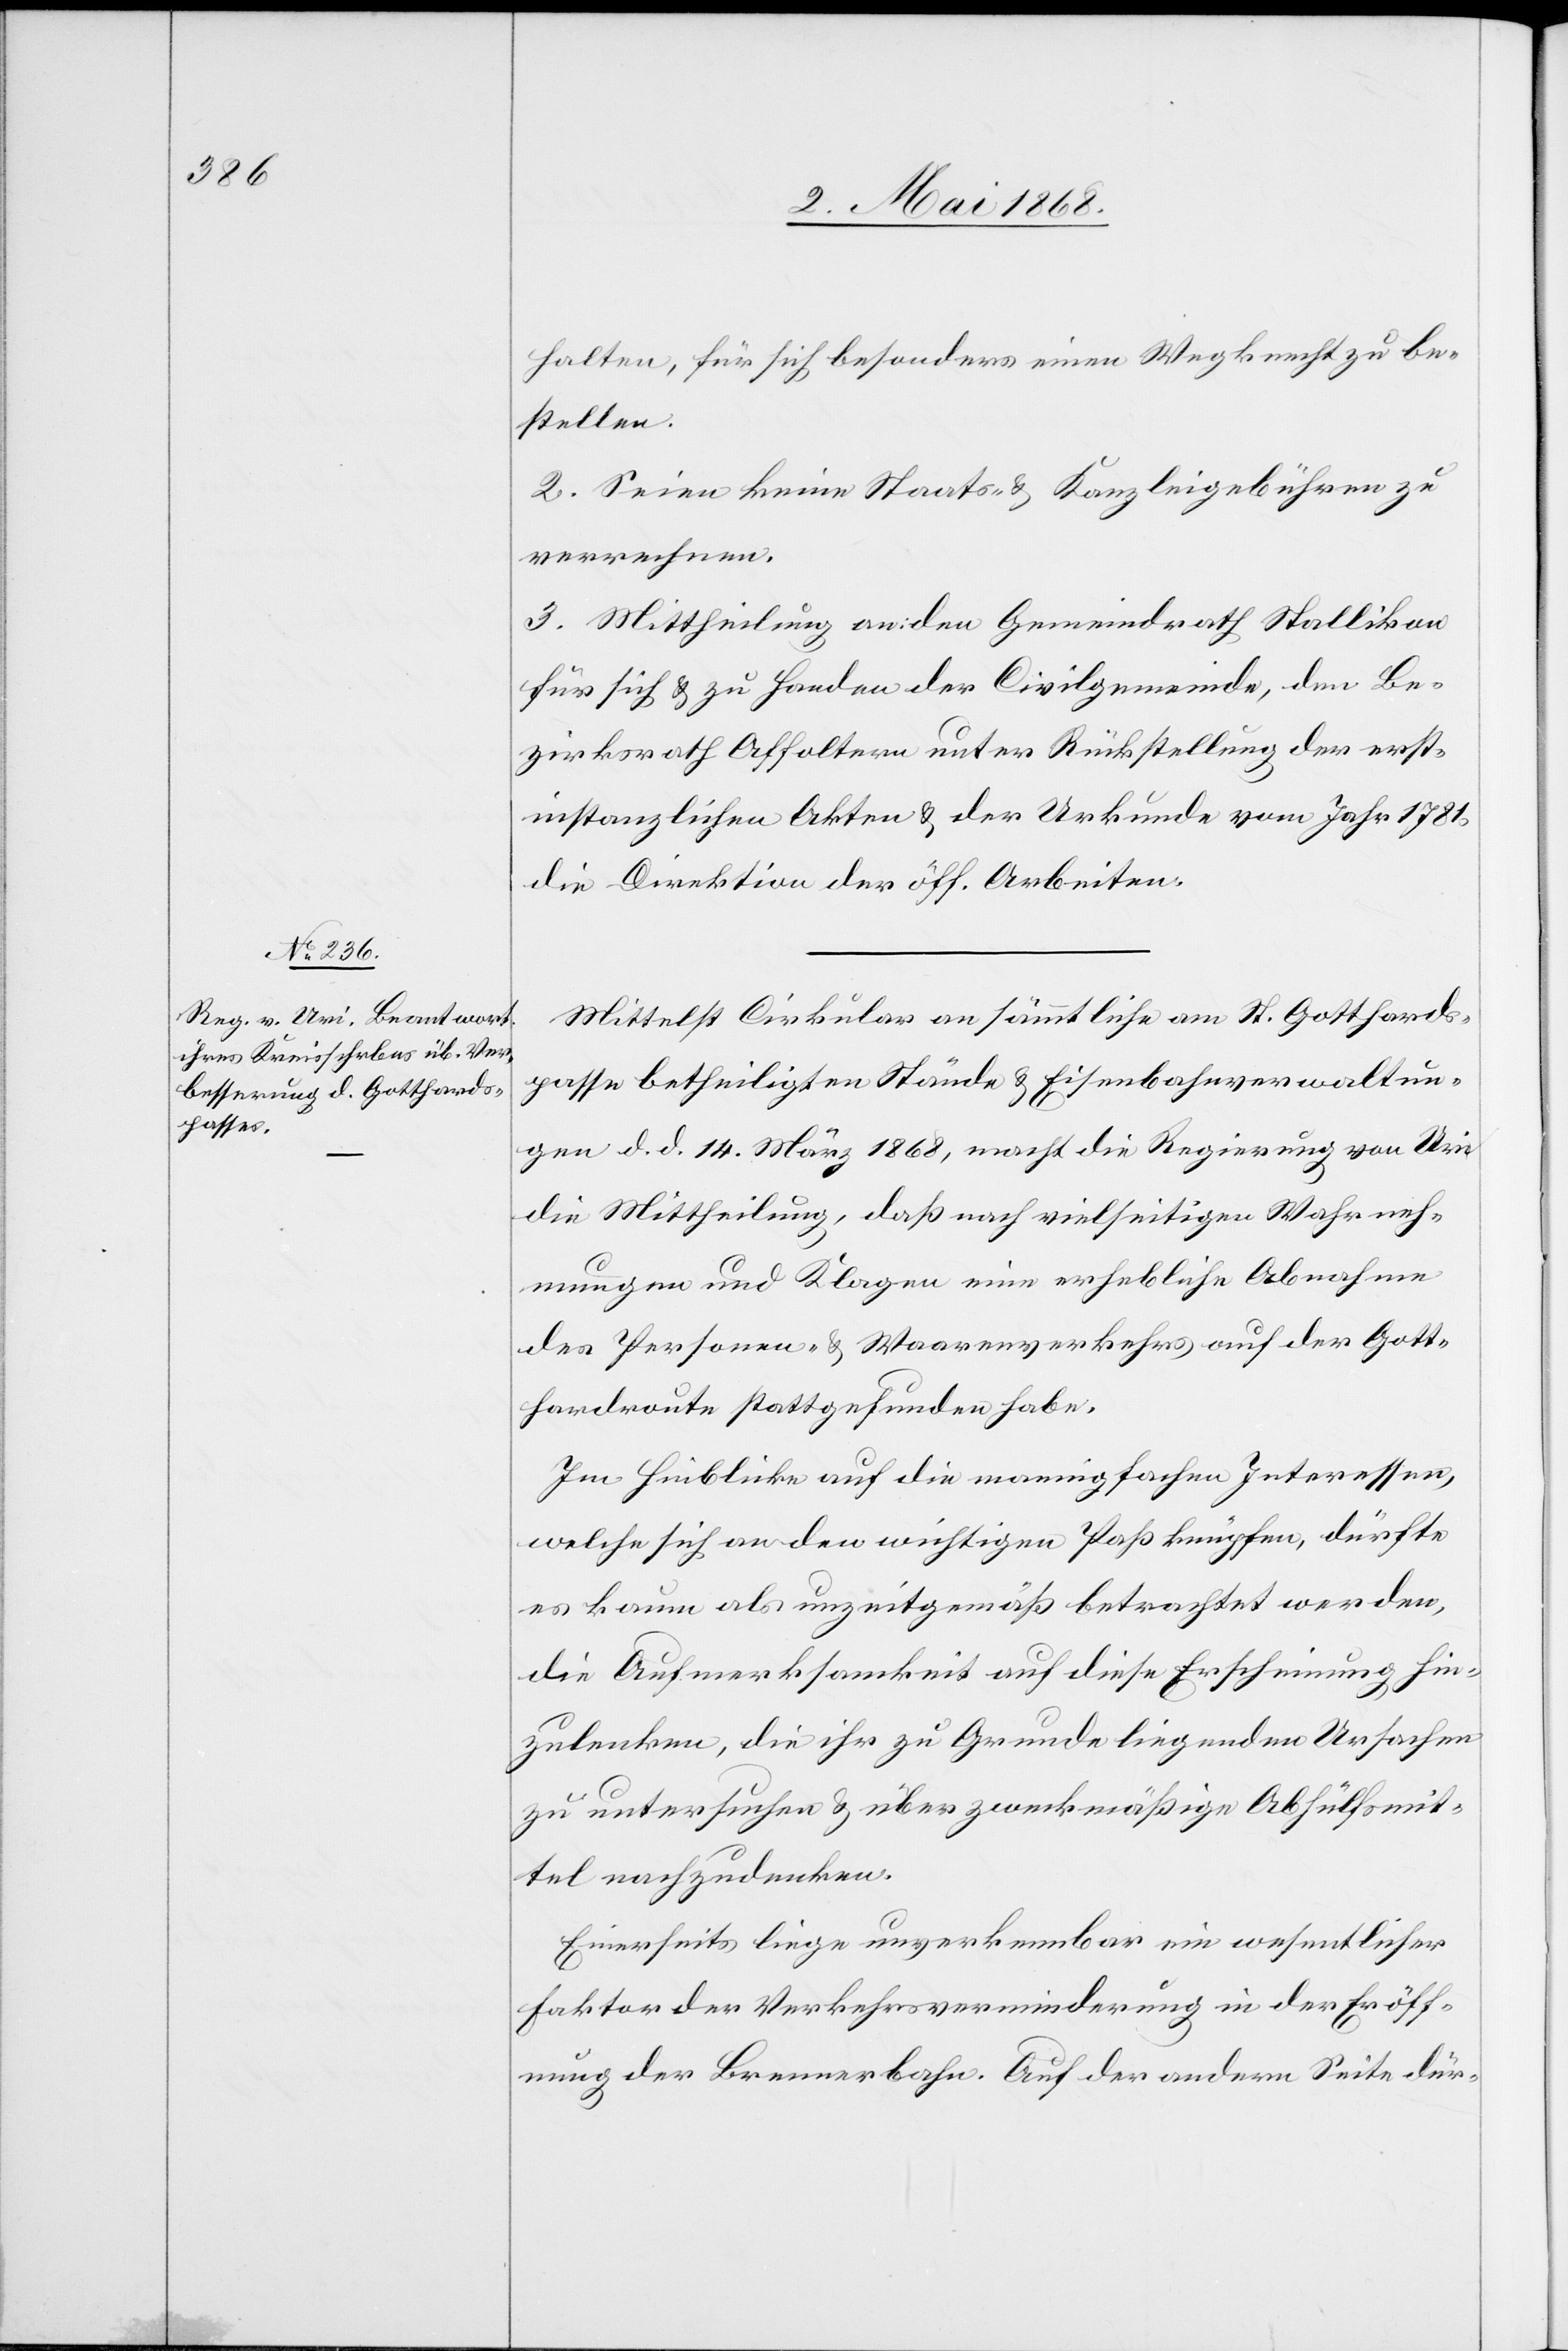
halten, für sich besonders einen Wegknecht zu be¬
stellen.
2. Seien keine Staats- & Kanzleigebühren zu
verrechnen.
3. Mittheilung an: den Gemeindrath Stallikon
für sich & zu Handen der Civilgemeinde, den Be¬
zirksrath Affoltern unter Rückstellung der erst¬
instanzlichen Akten & der Urkunde vom Jahr 1781,
die Direktion der öff. Arbeiten.
Mittelst Cirkular an sämmtliche am St. Gotthards¬
passe betheiligten Stände & Eisenbahnverwaltun¬
gen d. d. 14. März 1868, macht die Regierung von Uri
die Mittheilung, daß nach vielseitigen Wahrneh¬
mungen und Klagen eine erhebliche Abnahme
des Personen- & Waarenverkehrs auf der Gott¬
hardroute stattgefunden habe.
Im Hinblicke auf die mannigfachen Interessen,
welche sich an den wichtigen Paß knüpfen, dürfte
es kaum als unzeitgemäß betrachtet werden,
die Aufmerksamkeit auf diese Erscheinung hin¬
zulenken, die ihr zu Grunde liegenden Ursachen
zu untersuchen & über zweckmäßige Abhülfsmit¬
tel nachzudenken.
Einerseits liege unverkennbar ein wesentlicher
Faktor der Verkehrsverminderung in der Eröff¬
nung der Brennerbahn. Auf der andern Seite dür-